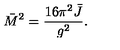
\bar { M } ^ { 2 } = { \frac { 1 6 \pi ^ { 2 } \bar { J } } { g ^ { 2 } } } .